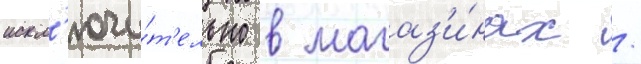
искл'ючи́т'ельно в магаз'и́нах /